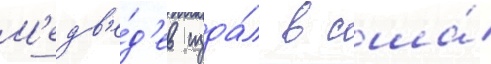
М'едв'е́д'ев изда́л в сша́